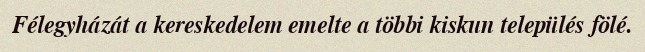
Félegyházát a kereskedelem emelte a többi kiskun település fölé.